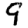
Digit: 9